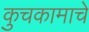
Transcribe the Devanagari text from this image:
कुचकामाचे